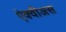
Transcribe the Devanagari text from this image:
ऐक्वीअस